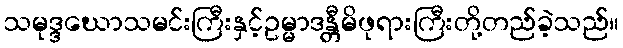
သမုဒ္ဒဃောသမင်းကြီးနှင့်ဥမ္မာဒန္တီမိဖုရားကြီးတို့တည်ခဲ့သည်။